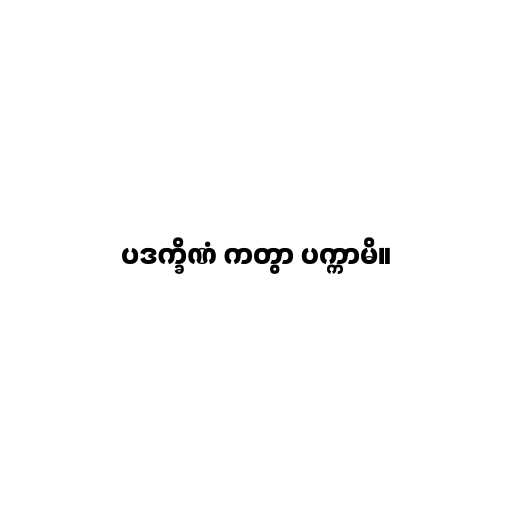
ပဒက္ခိဏံ ကတွာ ပက္ကာမိ။